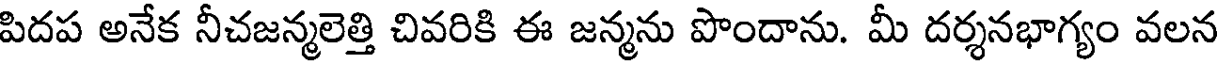
పిదప అనేక నీచజన్మలెత్తి చివరికి ఈ జన్మను పొందాను. మీ దర్శనభాగ్యం వలన